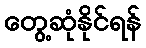
တွေ့ဆုံနိုင်ရန်